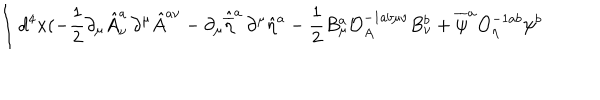
\int d ^ { 4 } x ( - \frac { 1 } { 2 } \partial _ { \mu } { \hat { A } } _ { \nu } ^ { a } \, \partial ^ { \mu } { \hat { A } } ^ { a \nu } - \partial _ { \mu } { \hat { \overline { { { \eta } } } } } ^ { a } \, \partial ^ { \mu } { \hat { \eta } } ^ { a } - \frac { 1 } { 2 } B _ { \mu } ^ { a } { \mathcal { O } } _ { A } ^ { - 1 a b \mu \nu } B _ { \nu } ^ { b } + { \overline { { { \psi } } } } ^ { a } { \mathcal { O } } _ { \eta } ^ { - 1 a b } \psi ^ { b }